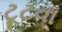
ટૂટવા